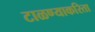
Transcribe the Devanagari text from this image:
टाळण्याकरिता